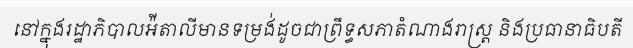
នៅក្នុងរដ្ឋាភិបាលអ៉ីតាលីមានទម្រង់ដូចជាព្រឹទ្ធសភាតំណាងរាស្ត្រ និងប្រធានាធិបតី